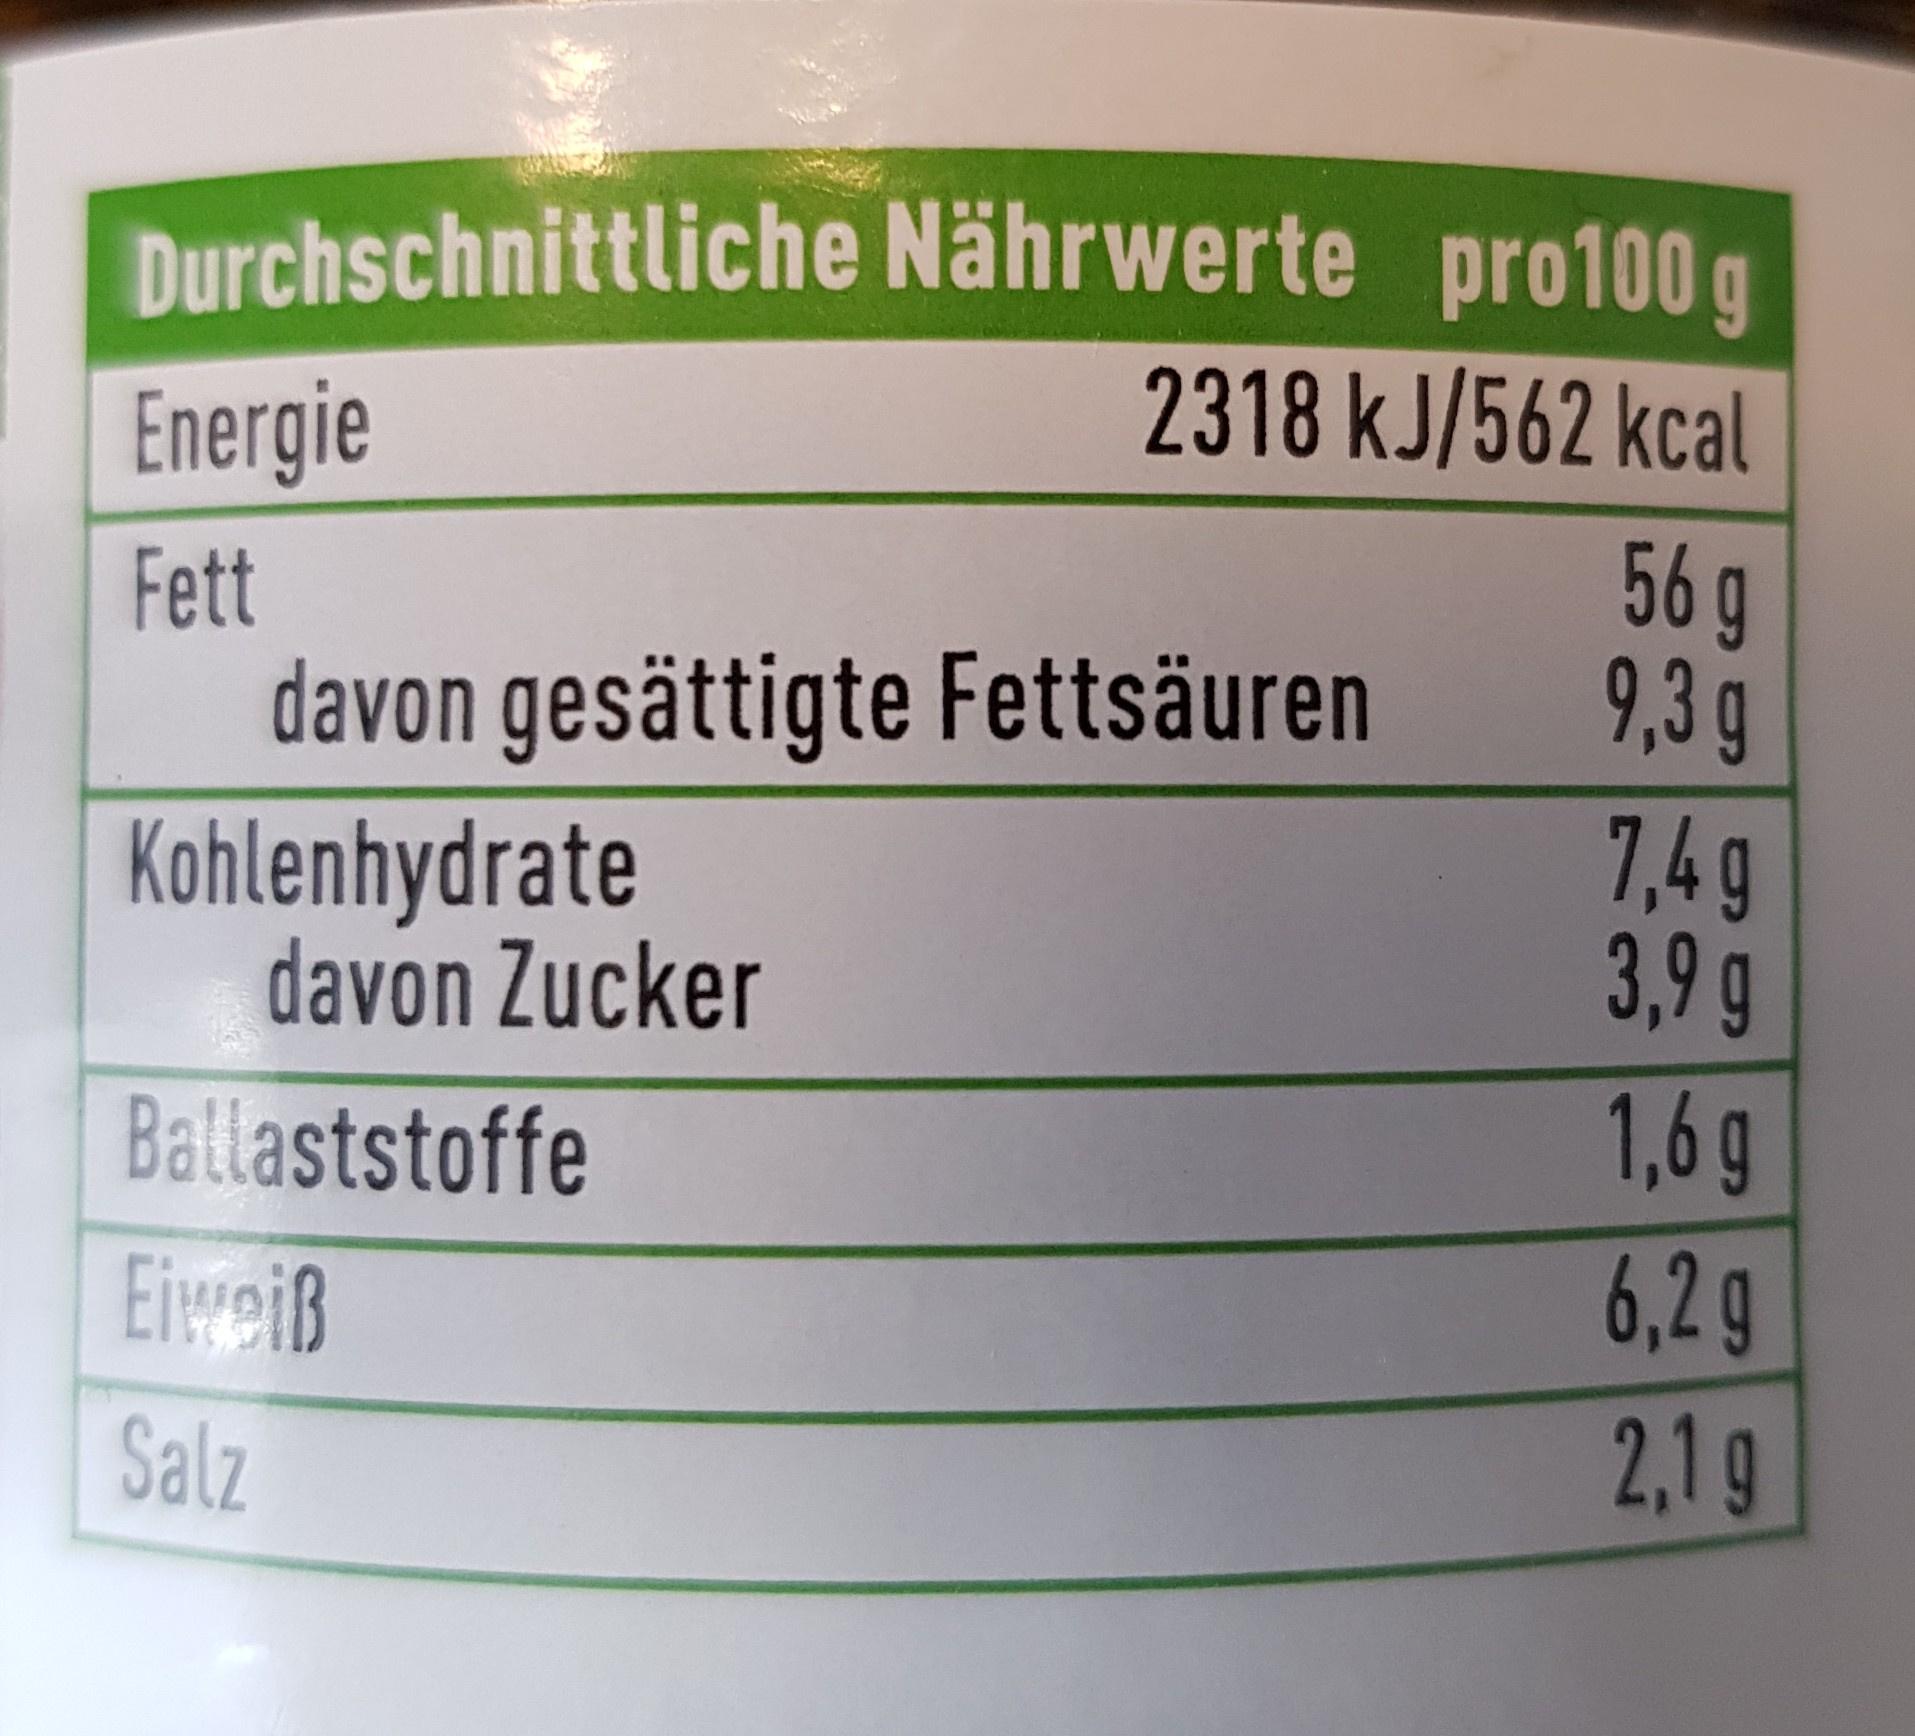
Durchschnittliche Nährwerte pro100 g 2318 kJ/562 kcal
Energie
Fett davon gesättigte Fettsäuren Kohlenhydrate davon Zucker
56 g 9,3 g 7,49 3,9 g 1,6g 6,2 g
Ballaststoffe
Eiweiß
Salz
2,1g